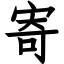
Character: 寄